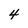
Character: 4